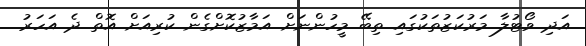
އަދި ވޯޓުލާ މަރުކަޒުތަކުގައި ތިބޭ މީހުންނަށް އަމާޒުކޮށްގެން ކުރިއަށް އޮތް ދެ އަހަރު